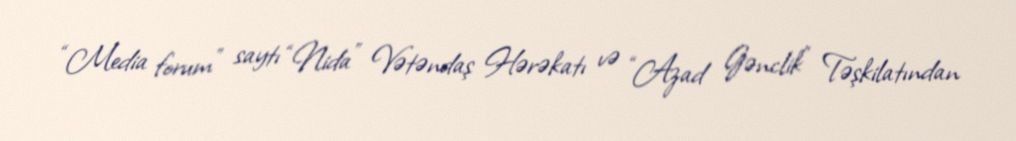
“Media forum” saytı “Nida” Vətəndaş Hərəkatı və “Azad Gənclik” Təşkilatından